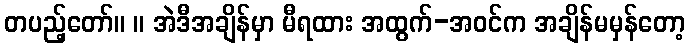
တပည့်တော်။ ။ အဲဒီအချိန်မှာ မီရထား အထွက်-အဝင်က အချိန်မမှန်တော့